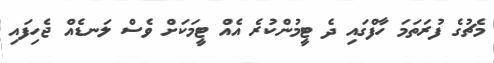
މެޗުގެ ފުރަތަމަ ހާފްގައި ދެ ޓީމުންކުރެ އެއް ޓީމަކަށް ވެސް ލަނޑެއް ޖެހިފައި